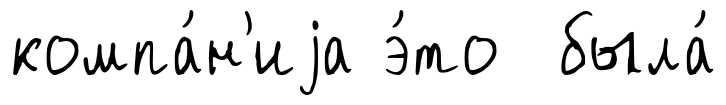
компа́н'иjа э́то была́